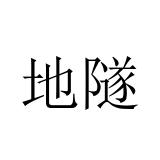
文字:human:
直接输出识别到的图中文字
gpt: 地隧